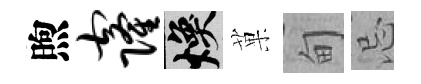
煦窿焕菓甸忌